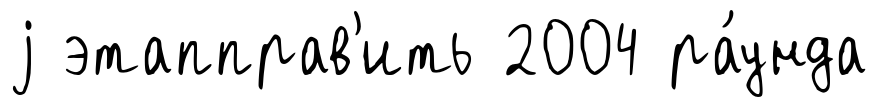
j этапправ'ить 2004 ра́унда